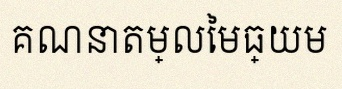
គណនាតម្លៃមធ្យម